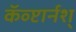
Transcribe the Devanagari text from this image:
कॅव्प्टार्नश्